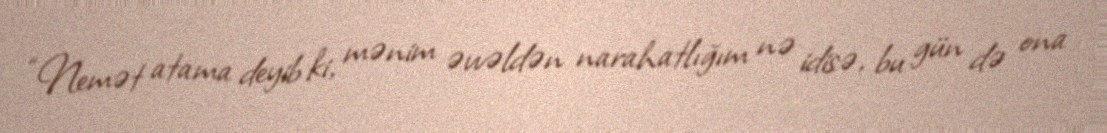
“Nemət atama deyib ki, mənim əvvəldən narahatlığım nə idisə, bu gün də ona